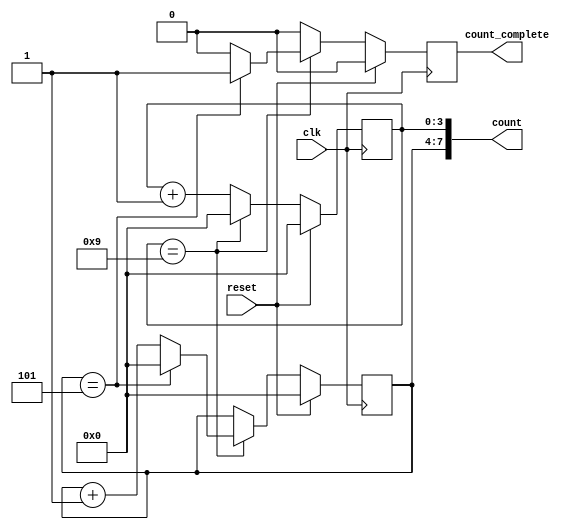
module sixty_counter (count,count_complete,clk,reset);
input clk,reset;
output count_complete;
output [7:0] count;
reg[3:0] tens_counter , units_counter;
assign count = {tens_counter,units_counter};
reg count_complete;
//assign count_complete = 1'b1;
always @(posedge clk) begin
if(reset) begin 
tens_counter <=0;
units_counter <=0;
count_complete <=0;

end else if(units_counter == 9) begin 
if(tens_counter==5) begin
count_complete <=1;
units_counter <= 0;
tens_counter <=0;
end else begin 
count_complete <=0;
units_counter <=0;
tens_counter = tens_counter + 1;
end end else begin
units_counter <=units_counter +1;
count_complete <=0;
end 
end 
endmodule